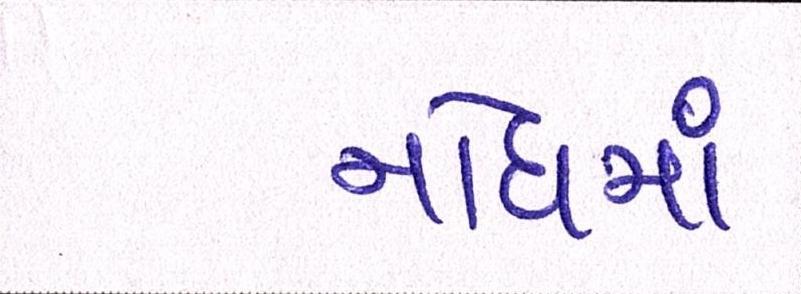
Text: નોંધમાં